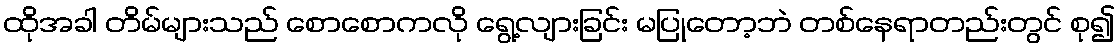
ထိုအခါ တိမ်များသည် စောစောကလို ရွေ့လျားခြင်း မပြုတော့ဘဲ တစ်နေရာတည်းတွင် စု၍